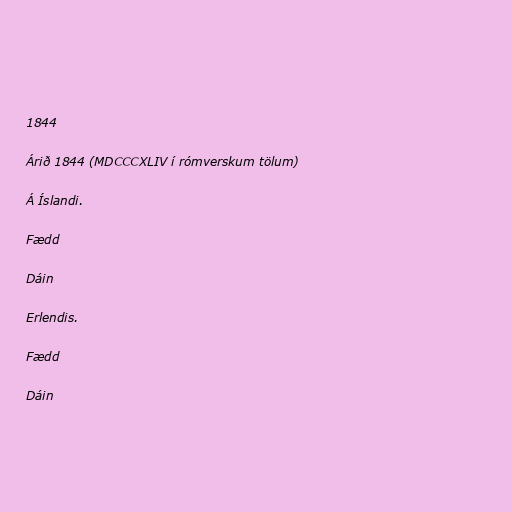
1844

Árið 1844 (MDCCCXLIV í rómverskum tölum)

Á Íslandi.

Fædd

Dáin

Erlendis.

Fædd

Dáin